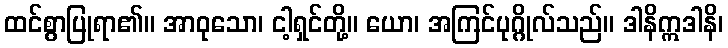
ထင်စွာပြုရာ၏။ အာဝုသော၊ ငါ့ရှင်တို့။ ယော၊ အကြင်ပုဂ္ဂိုလ်သည်။ ဒါနိဣဒါနိ၊